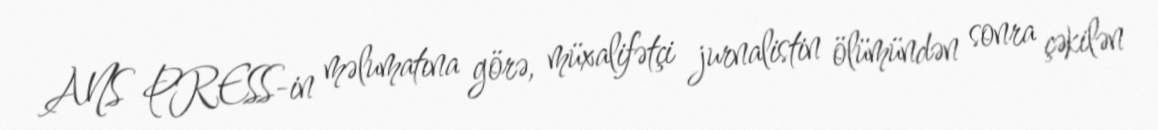
ANS PRESS-in məlumatına görə, müxalifətçi jurnalistin ölümündən sonra çəkilən